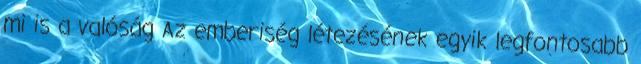
mi is a valóság Az emberiség létezésének egyik legfontosabb